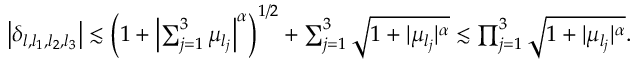
\begin{array} { r } { \left| \delta _ { l , l _ { 1 } , l _ { 2 } , l _ { 3 } } \right| \lesssim \left( 1 + \left| \sum _ { j = 1 } ^ { 3 } \mu _ { l _ { j } } \right| ^ { \alpha } \right) ^ { 1 / 2 } + \sum _ { j = 1 } ^ { 3 } \sqrt { 1 + | \mu _ { l _ { j } } | ^ { \alpha } } \lesssim \prod _ { j = 1 } ^ { 3 } \sqrt { 1 + | \mu _ { l _ { j } } | ^ { \alpha } } . } \end{array}